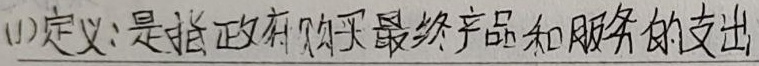
(1) 定义：是指政府购买最终产品和服务的支出。